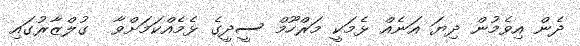
ދެން އިވެމުން ދިޔަ އަނެއް ޅެމަކީ މަރްހޫމް ސީދީގެ ޅެމެއްކަމަށްވާ  ގުލްޒާރުގައި